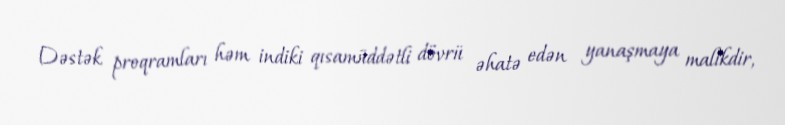
Dəstək proqramları həm indiki qısamüddətli dövrü əhatə edən yanaşmaya malikdir,